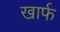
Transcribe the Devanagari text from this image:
खार्फ